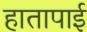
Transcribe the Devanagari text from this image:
हातापाई